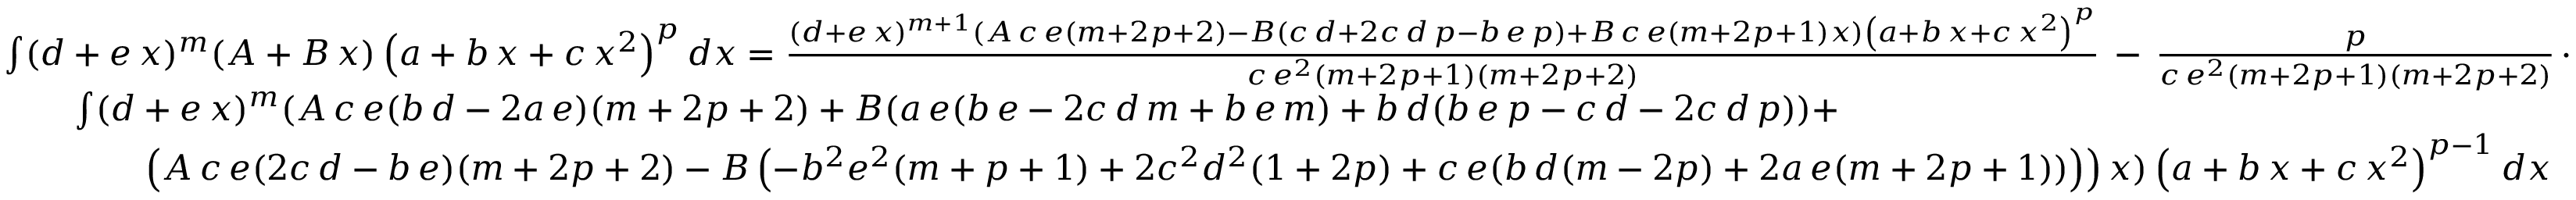
{ \begin{array} { r l } & { \int ( d + e \, x ) ^ { m } ( A + B \, x ) \left( a + b \, x + c \, x ^ { 2 } \right) ^ { p } d x = { \frac { ( d + e \, x ) ^ { m + 1 } ( A \, c \, e ( m + 2 p + 2 ) - B ( c \, d + 2 c \, d \, p - b \, e \, p ) + B \, c \, e ( m + 2 p + 1 ) x ) \left( a + b \, x + c \, x ^ { 2 } \right) ^ { p } } { c \, e ^ { 2 } ( m + 2 p + 1 ) ( m + 2 p + 2 ) } } \, - \, { \frac { p } { c \, e ^ { 2 } ( m + 2 p + 1 ) ( m + 2 p + 2 ) } } \, \cdot } \\ & { \qquad \int ( d + e \, x ) ^ { m } ( A \, c \, e ( b \, d - 2 a \, e ) ( m + 2 p + 2 ) + B ( a \, e ( b \, e - 2 c \, d \, m + b \, e \, m ) + b \, d ( b \, e \, p - c \, d - 2 c \, d \, p ) ) + } \\ & { \qquad \qquad \left( A \, c \, e ( 2 c \, d - b \, e ) ( m + 2 p + 2 ) - B \left( - b ^ { 2 } e ^ { 2 } ( m + p + 1 ) + 2 c ^ { 2 } d ^ { 2 } ( 1 + 2 p ) + c \, e ( b \, d ( m - 2 p ) + 2 a \, e ( m + 2 p + 1 ) ) \right) \right) x ) \left( a + b \, x + c \, x ^ { 2 } \right) ^ { p - 1 } d x } \end{array} }